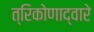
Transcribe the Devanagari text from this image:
त्रिकोणाद्वारे